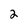
Character: 2